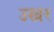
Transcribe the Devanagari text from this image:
उखर